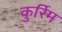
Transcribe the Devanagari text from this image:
कुर्रिम